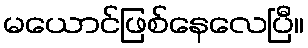
မယောင်ဖြစ်နေလေပြီ။